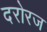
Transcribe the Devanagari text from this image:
दरोरज